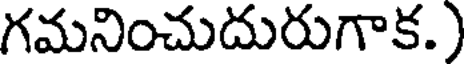
గమనించుదురుగాక.)